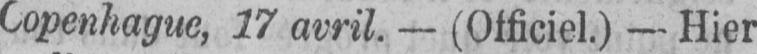
Copenhague, 17 avril. - (Officiel.) - Hier